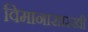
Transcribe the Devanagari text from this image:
विमानासारखी